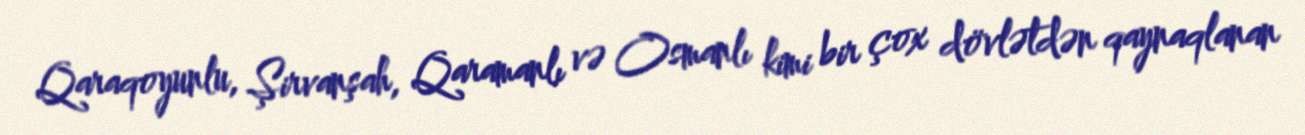
Qaraqoyunlu, Şirvanşah, Qaramanlı və Osmanlı kimi bir çox dövlətdən qaynaqlanan